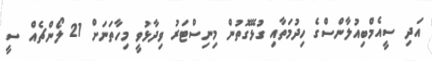
އަދި ސީއެމްބިއުލާންސްގެ ހިދުމަތާއި ގުޅޭގޮތުން މިނިސްޓަރު ވިދާޅުވީ މިހާތަނަށް 21 ލޯންޗެއް ސީ